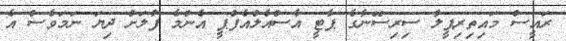
ރައީސް މައިތިރިޕީލާ ސިރިސޭނާގެ ޕާޓީ އެސްއެލްއެފްޕީ އެންމެ ފުލަށް ދިޔަ ނަމަވެސް އެ